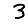
Digit: 3